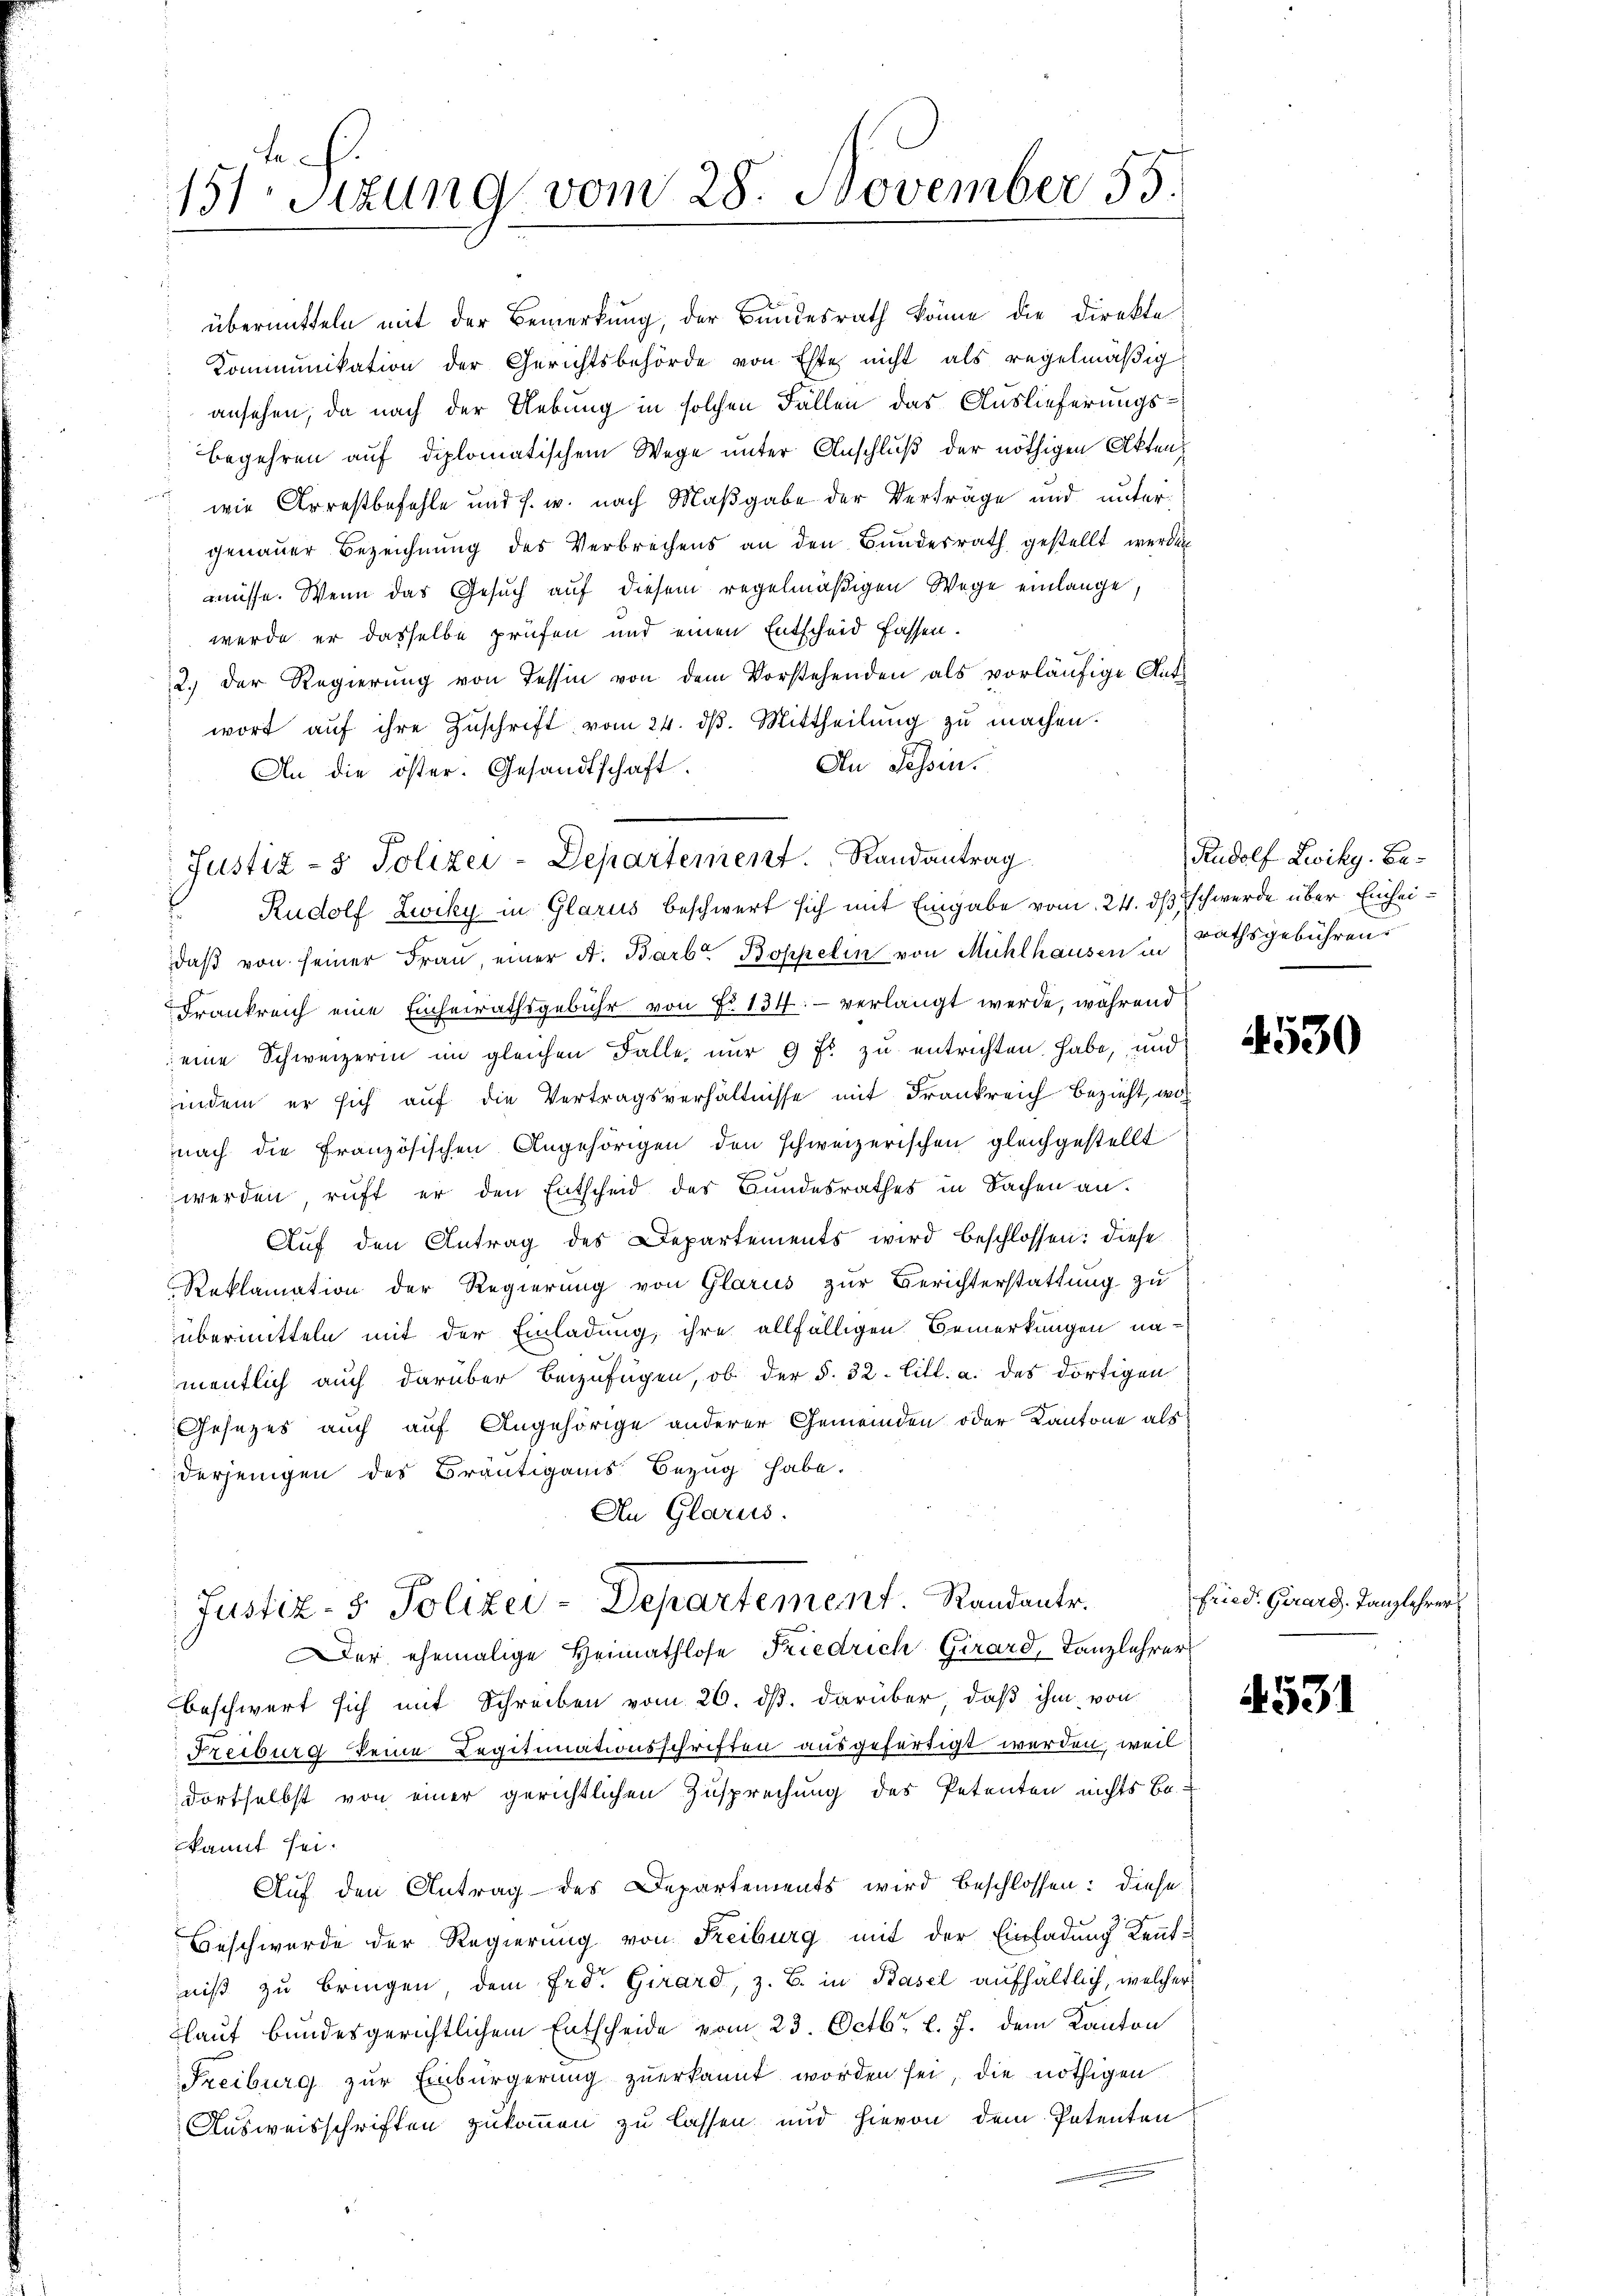
151. Sizung vom 28. November 55.

übermitteln mit der Bemerkung, der Bundesrath könne die Direkte
Kommunikation der Gerichtsbehörde von Este nicht als regelmäßig
ansehen, da nach der Uebung in solchen Fällen das Auslieferungs¬
Begehren auf diplomatischem Wege unter Anschluß der nöthigen Aktenwie Arrestbefehle und s. w. nach Maßgabe der Verträge und unter
genauer Bezeichnung des Verbrechens an den Bundesrath gestellt werden
müsse. Wenn das Gesuch auf diesem regelmäßigen Wege einlange.
werde er dasselbe prüfen und einen Entscheid fassen.
2. der Regierŭng von Tessin von dem Vorstehenden als vorläufige Antwort aŭf ihre Zŭschrift vom 24. dβ. Mittheilŭng zŭ machen.
An Tessin.
An die öster. Gesandtschaft.
Rudolf Zwiky in Glarus beschwert sich mit Eingabe vom 24. ds schwerde über Einheidaβ von seiner Frau einer A. Barb. Boppelin von Mühlhausen in Rathsgebühren
Frankreich eine Einheirathsgebühr von No 134: - verlangt werde, während
eine Schweizerin im gleichen Falle nur 9 fl zu entrichten habe, und
indem er sich auf die Vertragsverhältnisse mit Frankreich bezieht, wo
nach die Französischen Angehörigen den schweizerischen gleichgestellt
werden ruft er den Entscheid des Bundesrathes in Sachen an.
Auf den Antrag des Departements wird beschlossen: diese
Reklamation der Regierung von Glarus zur Berichterstattung zu
übermitteln mit der Einladung, ihre allfälligen Bemerkungen na-
mentlich auch darüber beizufügen, ob der §. 32. Litt. a. des dortigen
Gesezes auch auf Angehörige anderer Gemeinden oder Kantone als
derjenigen des Bräutigams Bezug habe.
An Glarus.
Justiz- & Polizei-Departement Randante.
Der ehemalige Heimathlose Friedrich Girard, Tanzlehrer
beschwert sich mit Schreiben vom 26. ds. darüber, daß ihm von
Freiburg keine Legitimationsschriften ausgefertigt werden, weil
dortselbst von einer gerichtlichen Zusprechung des Petenten nichts be-
kannt sei.
1
Auf den Antrag des Departements wird beschlossen: diese
Beschwerde der Regierung von Freiburg mit der Einladung Kenntniß zu bringen, dem Frd. Girard, z. B. in Basel aufhältlich, welcher
blauf bundesgerichtlichem Entscheide vom 23. Octbr. l. J. dem Kanton
Freiburg zur Einbürgerung zuerkannt worden sei, die nöthigen
Ausweisschriften zukommen zu lassen und hievon dem Petenten

Justiz- & Polizei-Departement. Randantrag

Rudolf Zwikg. Ba¬

4530

fried. Girard. Tanzlehrer

4531